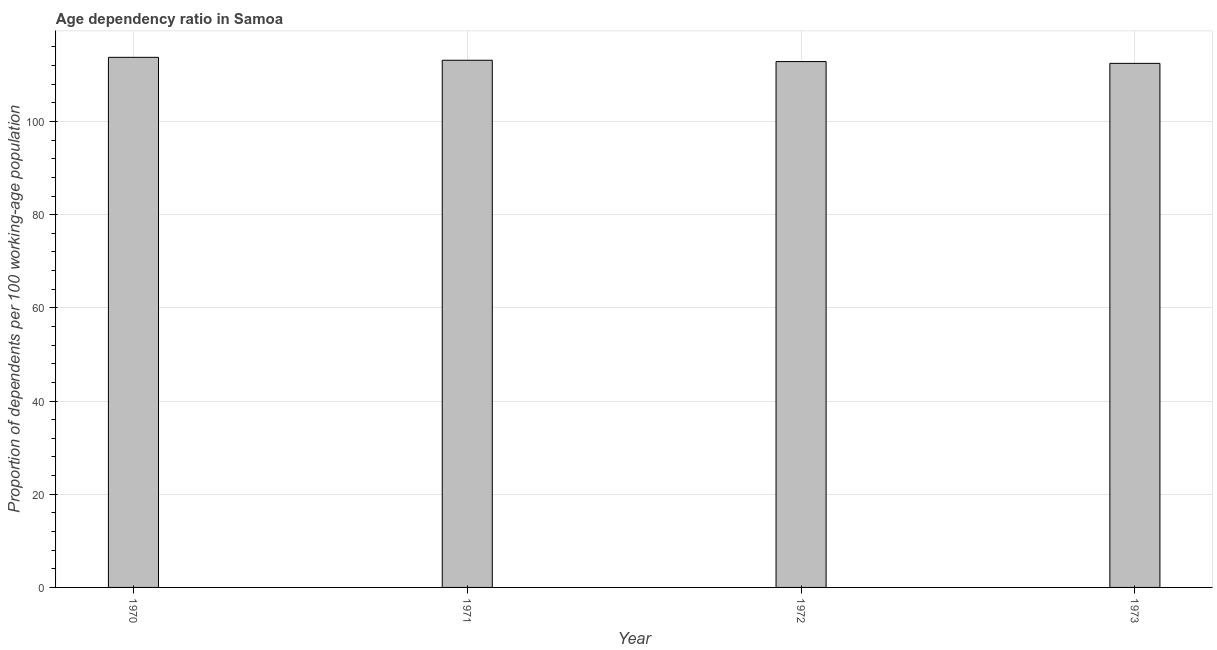
| Year | Age dependency ratio (% of working-age population) |
 | --- | --- |
 | 1970 | 114 |
 | 1971 | 113 |
 | 1972 | 113 |
 | 1973 | 112 |